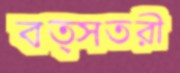
বত্সতরী